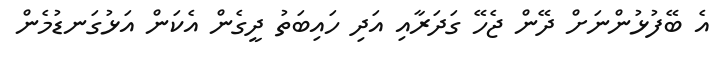
އެ ބޭފުޅުންނަށް ދޭން ޖެހޭ ގަދަރާއި އަދި ހައިބަތު ދީގެން އެކަން އަޅުގަނޑުމެން